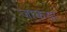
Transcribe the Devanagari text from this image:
जाकया